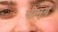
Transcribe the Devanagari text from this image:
सीमुर्ग